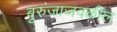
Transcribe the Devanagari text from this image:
बुरुंजाजवळील